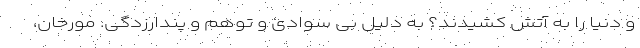
و دنیا را به آتش کشیدند؟ به دلیل بی سوادی و توهم و پندارزدگی. مورخان،